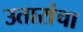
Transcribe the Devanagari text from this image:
उतारांचा